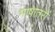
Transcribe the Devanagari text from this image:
भाषातरों